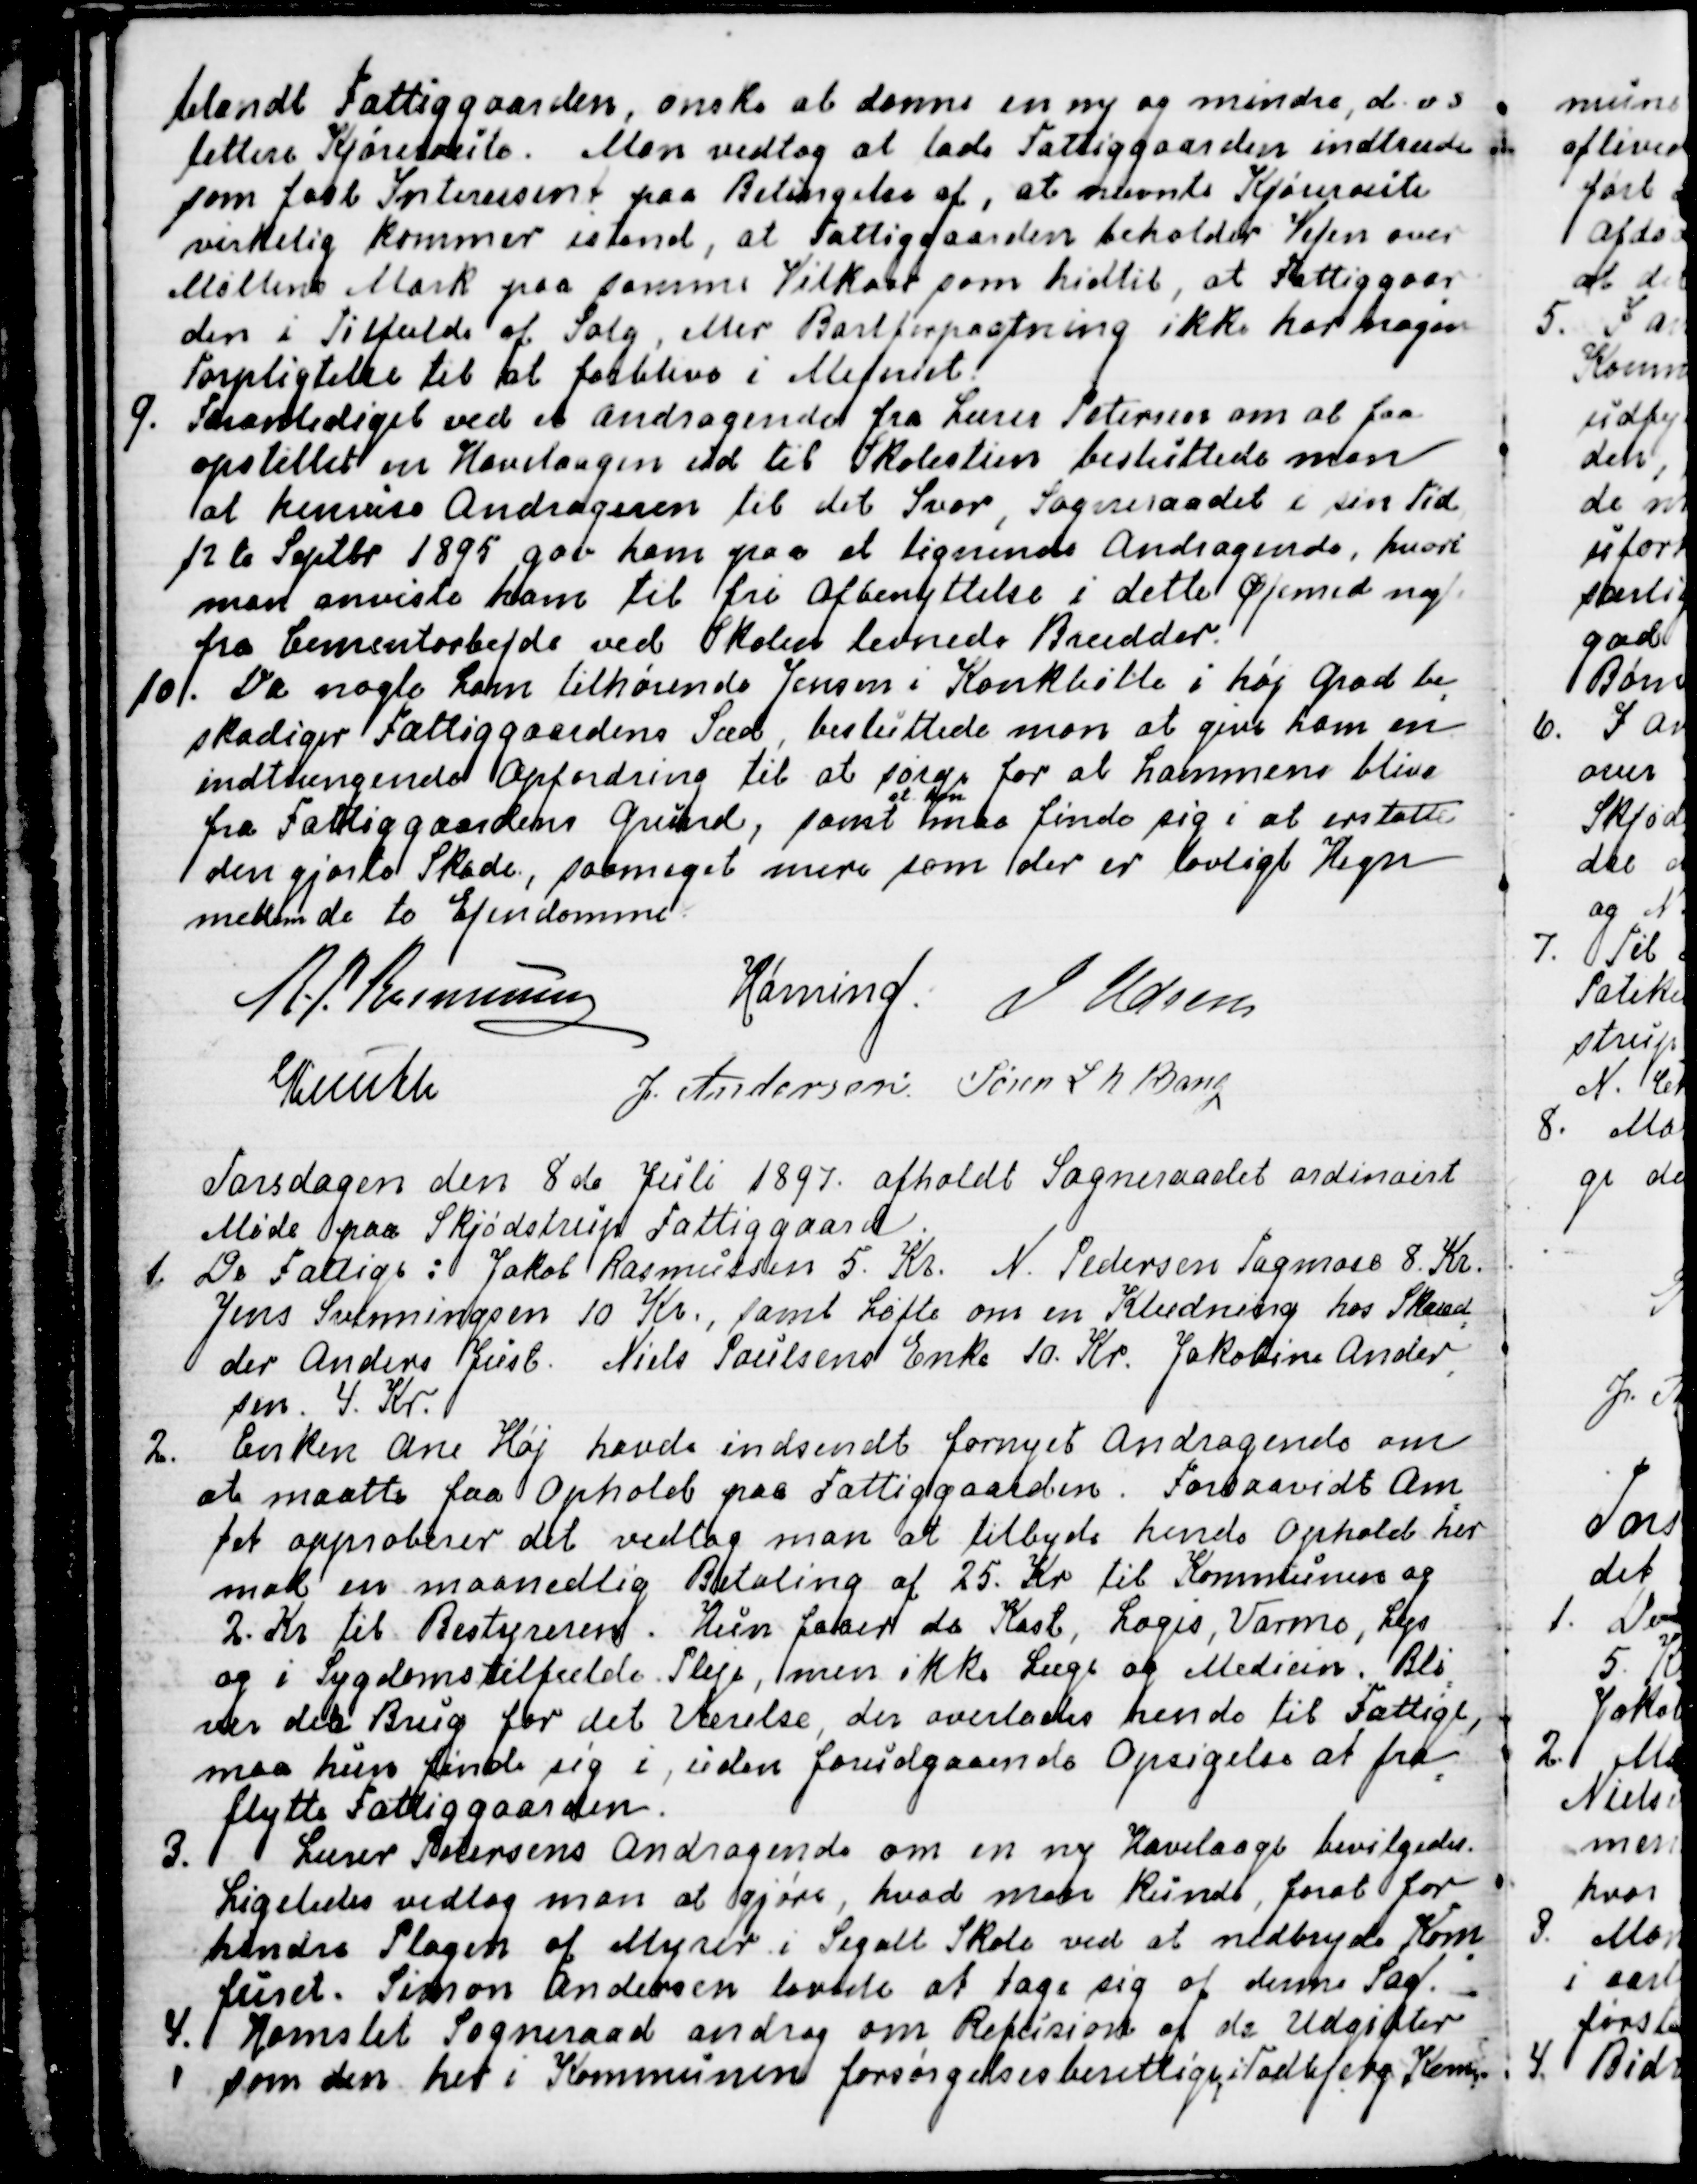
Transskription:
blandt Fattiggaarden, ønske at danne en ny og mindre, d. v. s.
lettere Kjøreroute. Man vedtog at lade Fattiggaarden indtræde
som fast Interessent paa Betingelse af, at nævnte Kjøreroute
virkelig kommer istand, at Fattiggaarden beholder Vejen over
Møllens Mark paa samme Vilkaar som hidtil, at Fattiggaar
=
den i Tilfælde af Salg, eller Bortforpagtning ikke har nogen
Forpligtelse til at forblive i Mejeriet.
9. Foranlediget ved et Andragende fra Lærer Petersen om at faa
opstillet en Havelaagen ud til Skolestien besluttede man
at henvise Andrageren til det Svar, Sogneraadet i sin Tid
12te Septbr 1895 gav ham paa et lignende Andragende, hvori
man anviste ham til fri Afbenyttelse i dette Øjemed nogle
fra Cementarbejde ved Skolen levnede Brædder.
10. Da nogle Lam tilhørende Jensen i Kankbølle i høj Grad be
-
skadiger Fattiggaardens Sæd, besluttede man at give ham en
indtrængende Opfordring til at sørge for at Lammene blive
fra Fattiggaardens Grund, samt 
at han
maa finde sig i at erstatte
den gjorte Skade, saameget mere som der er lovligt Hegn
mellem de to Ejendomme.
R. P. Rasmussen
Hørning.
J Udsen
Knuth
J. Andersen
Søren L N Bang

Torsdagen den 8de Juli 1897. afholdt Sogneraadet ordinairt
Møde paa Skjødstrup Fattiggaard.
1. De Fattige: Jakob Rasmussen 5. Kr. N. Pedersen Tagmose 8. Kr.
Jens Svenningsen 10 Kr., samt Løfte om en Klædning hos Skræd
=
der Anders Just. Niels Poulsens Enke 10. Kr. Jakobine Ander
-
sen. 4. Kr.
2. Enken Ane Høj havde indsendt fornyet Andragende om
at maatte faa Ophold paa Fattiggaarden. Forsaavidt Am
=
tet approberer det vedtog man at tilbyde hende Ophold her
mod en maanedlig Betaling af 25. Kr til Kommunen og
2. Kr til Bestyreren. Hun faaer da Kost, Logis, Varme, Lys
og i Sygdomstilfælde Pleje, men ikke Læge og Medicin. Bli
=
ver der Brug for det Værelse, der overlades hende til Fattige,
maa hun finde sig i, uden forudgaaende Opsigelse at fra
=
flytte Fattiggaarden.
3. Lærer Petersens Andragende om en ny Havelaage bevilgedes.
Ligeledes vedtog man at gjøre, hvad man kunde, forat for
-
hindre Plagen af Myrer i Segalt Skole ved at nedbryde Kom
=
furet. Simon Andersen lovede at tage sig af denne Sag.
4.
Hornslet Sogneraad androg om Refusion af de Udgifter
som den her i Kommunen forsørgelsesberettige, i Todbjerg Kom=